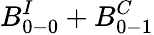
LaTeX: B_{0-0}^{I}+B_{0-1}^{C}